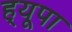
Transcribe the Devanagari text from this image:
ह्‌यूपा